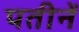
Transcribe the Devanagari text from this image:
पतीनें